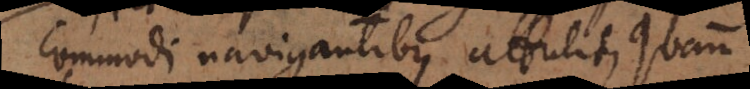
commodi navigantibus attulit quam